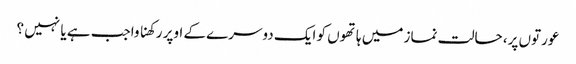
عورتوں پر، حالت نماز میں ہاتھوں کو ایک دوسرے کے اوپر رکھنا واجب ہے یا نہیں ؟